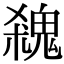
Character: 𩳃